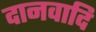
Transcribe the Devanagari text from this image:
दानवादि